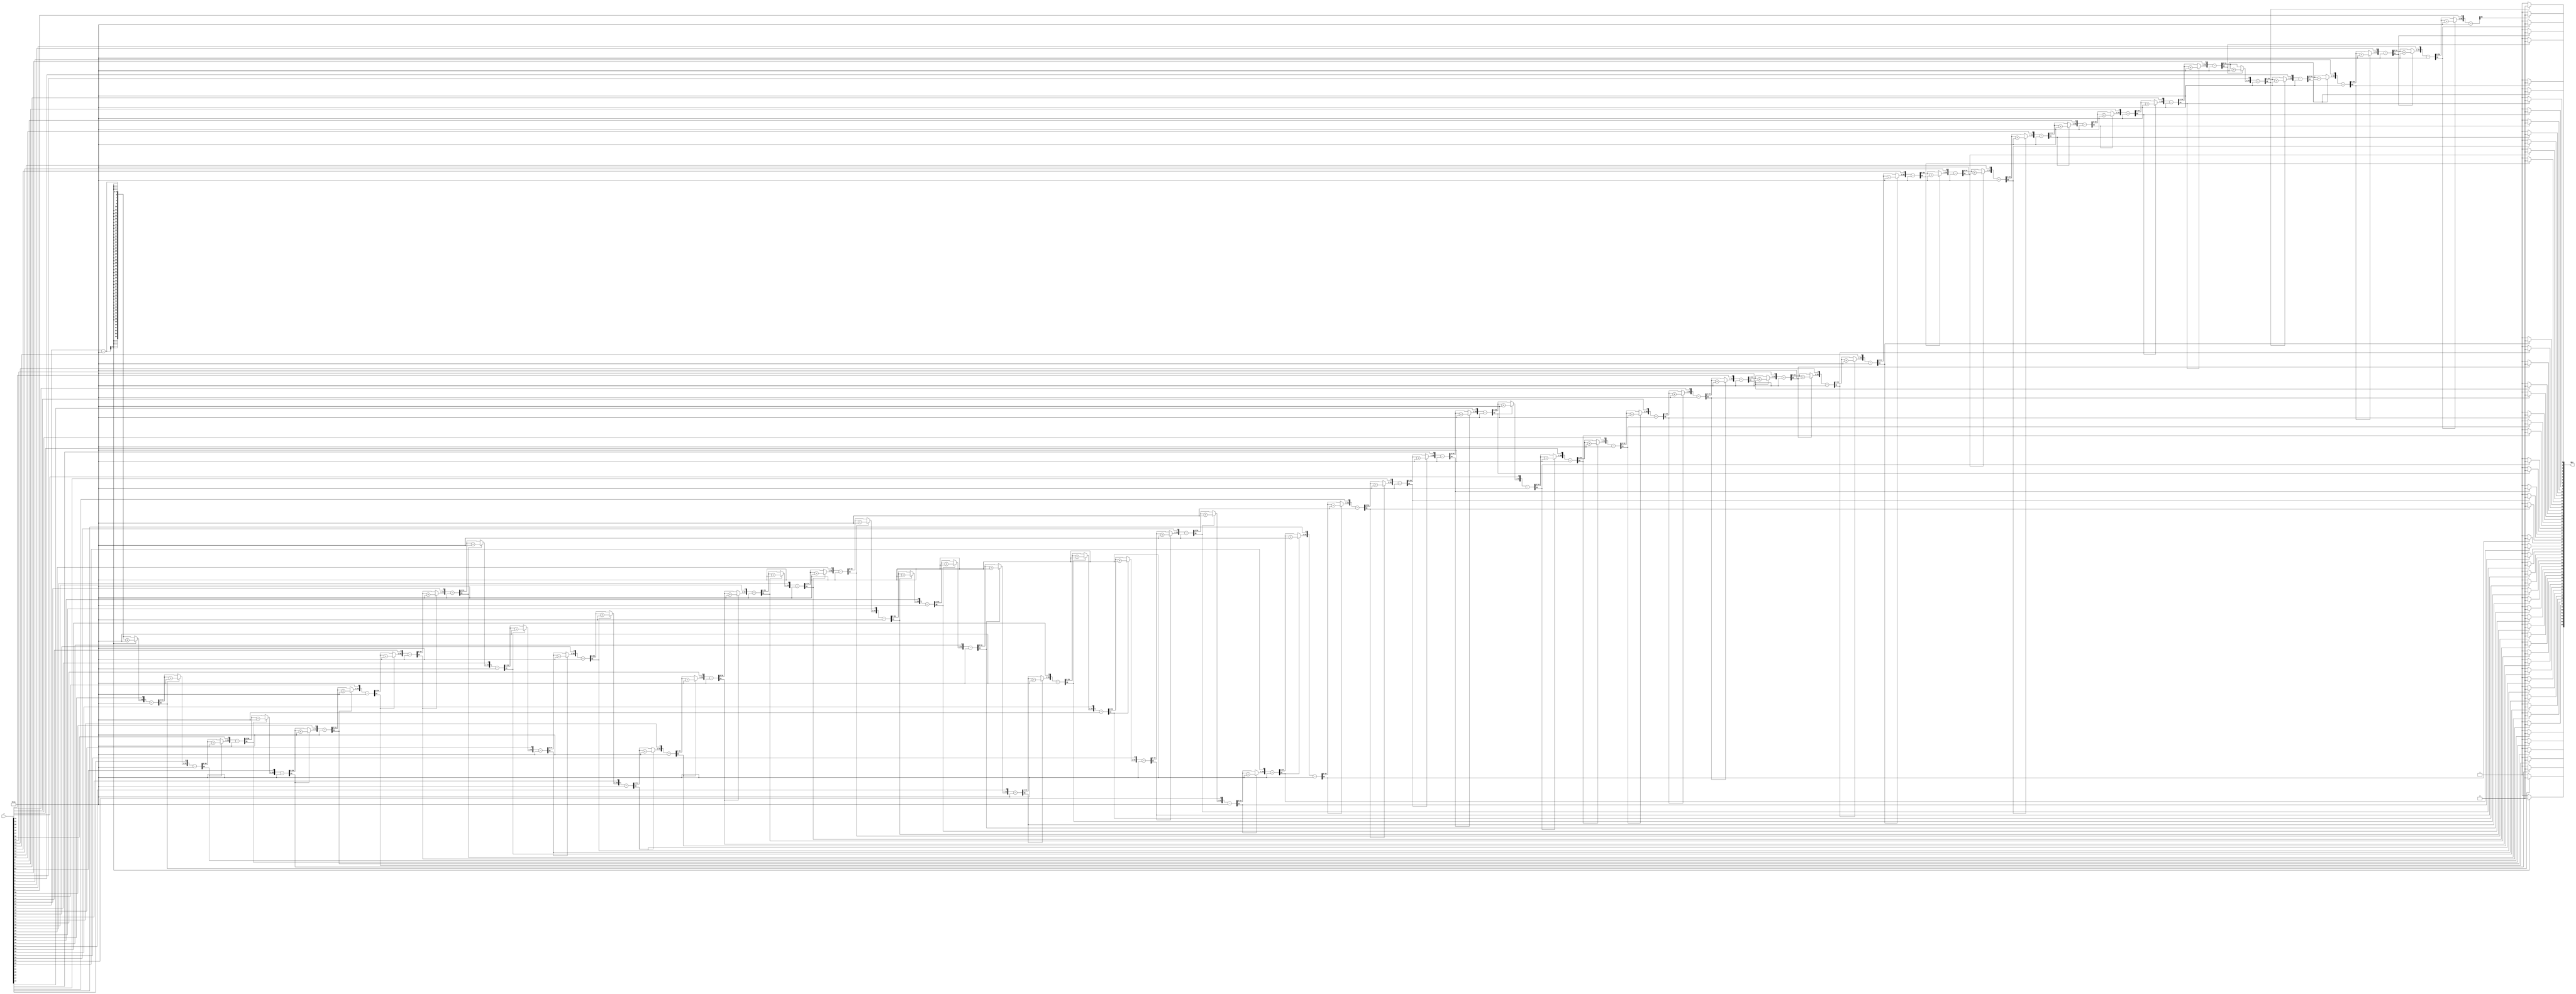
`timescale 1ns / 1ps
//////////////////////////////////////////////////////////////////////////////////
// Company: 
// Engineer: 
// 
// Design Name: 
// Module Name: DIVISION2
// Project Name: 
// Target Devices: 
// Tool Versions: 
// Description: 
// 
// Dependencies: 
// 
// Revision:
// Revision 0.01 - File Created
// Additional Comments:
// 
//////////////////////////////////////////////////////////////////////////////////


module DIVISION2(
A,Res
    );

 parameter WIDTH = 56;
    //input and output ports.
    input [WIDTH-1:0] A;
    wire [WIDTH-1:0] B=26;
    output [WIDTH-1:0] Res;
    //internal variables    
    reg [WIDTH-1:0] Res = 0;
    reg [WIDTH-1:0] a1,b1;
    reg [WIDTH:0] p1;   
    integer i;

    always@ (A or B)
    begin
        //initialize the variables.
        a1 = A;
        b1 = B;
        p1= 0;
        for(i=0;i < WIDTH;i=i+1)    begin //start the for loop
            p1 = {p1[WIDTH-2:0],a1[WIDTH-1]};
            a1[WIDTH-1:1] = a1[WIDTH-2:0];
            p1 = p1-b1;
            if(p1[WIDTH-1] == 1)    begin
                a1[0] = 0;
                p1 = p1 + b1;   end
            else
                a1[0] = 1;
        end
        Res = a1;   
    end 
    
    
endmodule